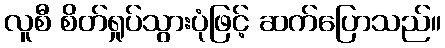
လူစီ စိတ်ရှုပ်သွားပုံဖြင့် ဆက်ပြောသည်။